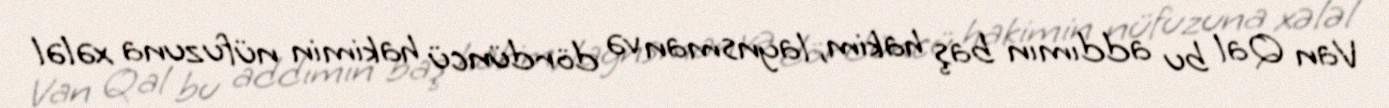
Van Qal bu addımın baş hakim, laynsman və dördüncü hakimin nüfuzuna xələl